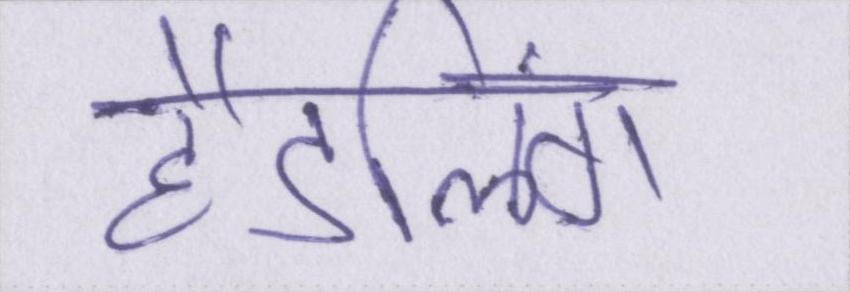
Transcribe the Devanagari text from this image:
हैंडलिंग